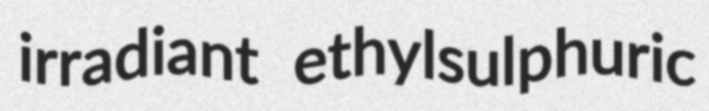
irradiant ethylsulphuric